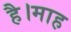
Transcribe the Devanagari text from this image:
है।माह